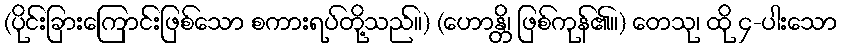
(ပိုင်းခြားကြောင်းဖြစ်သော စကားရပ်တို့သည်။) (ဟောန္တိ၊ ဖြစ်ကုန်၏။) တေသု၊ ထို ၄-ပါးသော